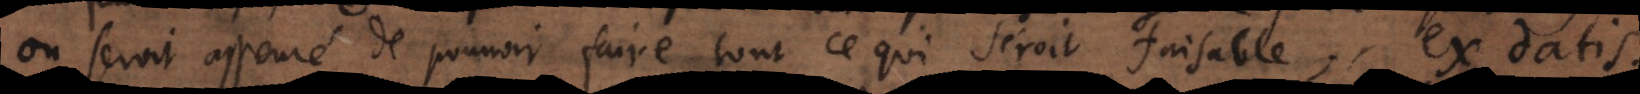
on seroit asseuré de pouvoir faire tout ce qui seroit faisable,